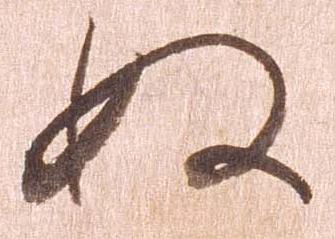
ぬ